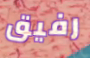
رفيق